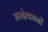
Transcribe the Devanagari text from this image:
ह्रादेकानी